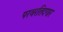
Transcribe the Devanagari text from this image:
परवरतिदगार